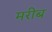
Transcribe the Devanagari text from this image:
मरीब